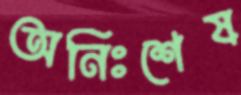
অনিঃশেষ